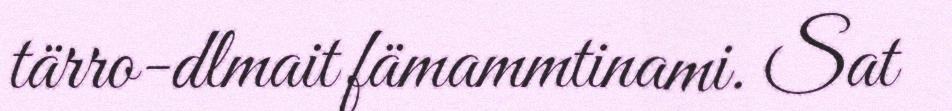
tärro-dlmait fämammtinami. Sat